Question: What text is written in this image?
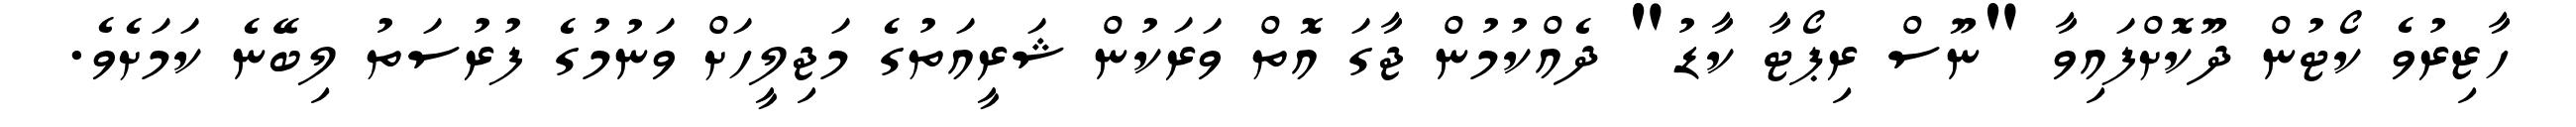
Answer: ހާޒިރުވެ ކޯޓުން ދޫކޮށްފައިވާ "ނޫސް ރިޕޯޓާ ކާޑު" ދެއްކުމުން ޖާގަ އޮތް ވަރަކުން ޝަރީއަތުގެ މަޖިލީހަށް ވަނުމުގެ ފުރުސަތު ލިބޭނެ ކަމަށެވެ.